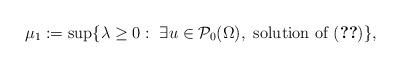
LaTeX: \begin{align*}\mu_1:=\sup\{ \lambda \geq 0:~ \exists u\in \mathcal P_0 (\Omega),~ \textnormal{solution of} ~\eqref{eq319} \},\end{align*}